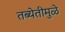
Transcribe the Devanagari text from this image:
तब्येतीमुळे